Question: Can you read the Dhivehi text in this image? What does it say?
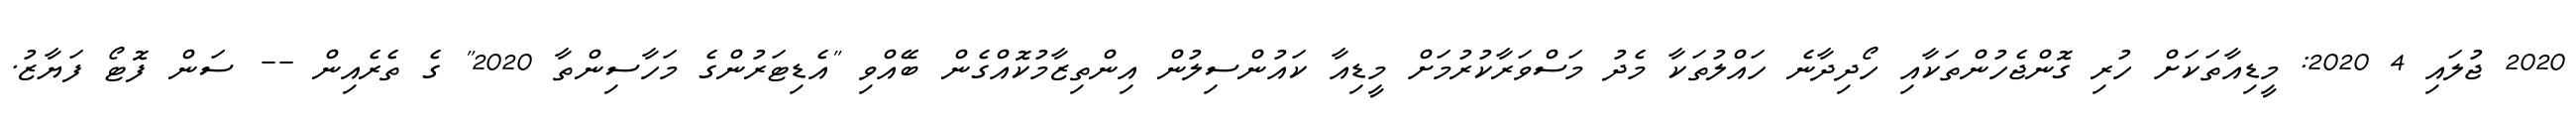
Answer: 2020 ޖުލައި 4 2020: މީޑިއާތަކަށް ހުރި ގޮންޖެހުންތަކާއި ހޯދިދާނެ ހައްލުތަކާ މެދު މަސްވަރާކުރުމަށް މީޑިއާ ކައުންސިލުން އިންތިޒާމުކޮއްގެން ބޭއްވި "އެޑިޓަރުންގެ މަހާސިންތާ 2020" ގެ ތެރެއިން -- ސަން ފޮޓޯ ފަޔާޒު.